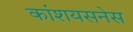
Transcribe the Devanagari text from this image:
कांशयसनेस